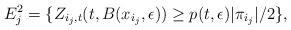
LaTeX: \begin{align*}E^2_j = \{Z_{i_j,t}(t,B(x_{i_j},\epsilon)) \geq p(t,\epsilon) |\pi_{i_j}| / 2 \}, \end{align*}